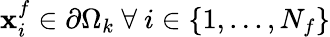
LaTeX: \mathbf{x}_{i}^{f}\in\partial\Omega_{k}\ \forall\ i\in\{ 1,...,N_{f}\}